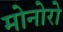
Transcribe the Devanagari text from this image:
मोनोरो